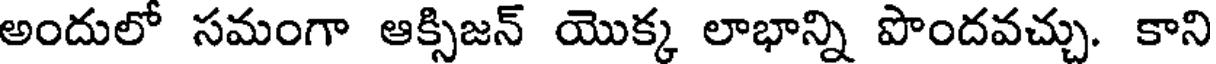
అందులో సమంగా ఆక్సిజన్ యొక్క లాభాన్ని పొందవచ్చు. కాని